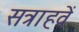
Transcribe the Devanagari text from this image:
सत्राहवें